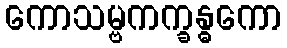
ကောသမ္ဗကက္ခန္ဓကော